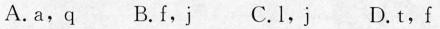
A. a，q B. f，j C. l，j D. t，f